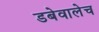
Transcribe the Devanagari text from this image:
डबेवालेच